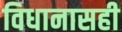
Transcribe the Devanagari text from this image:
विधानासही